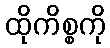
ထိုကိစ္စကို